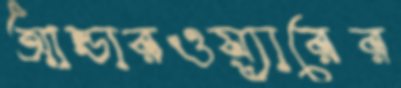
আন্ডারওয়্যারের